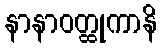
နာနာဝတ္ထုကာနိ